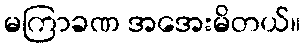
မကြာခဏ အအေးမိတယ်။